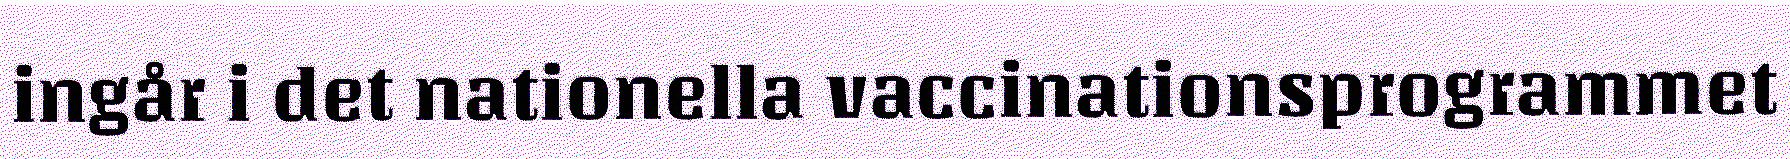
ingår i det nationella vaccinationsprogrammet